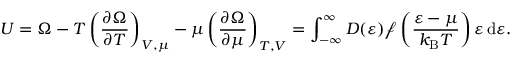
U = \Omega - T \left( { \frac { \partial \Omega } { \partial T } } \right) _ { V , \mu } - \mu \left( { \frac { \partial \Omega } { \partial \mu } } \right) _ { T , V } = \int _ { - \infty } ^ { \infty } D ( \varepsilon ) { \mathcal { f } } \left( { \frac { \varepsilon - \mu } { k _ { \mathrm { { B } } } T } } \right) \varepsilon \, \mathrm { d } \varepsilon .